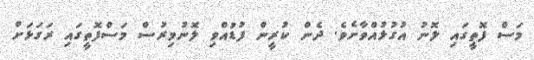
މަސް ފޮތީގައި ލޮނު އުގުޅުއްވާށެވެ. ދެން ކުރީން ފުޑުއްވި ލޮނުމިރުސް މަސްފޮތީގައި ރަގަޅަށް